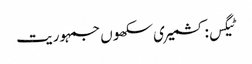
ٹیگس: کشمیری سکھوں جمہوریت